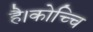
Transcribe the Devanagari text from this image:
है।कोच्चि